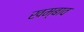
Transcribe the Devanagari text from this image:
खम्बाव